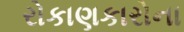
રોકાણકારોના